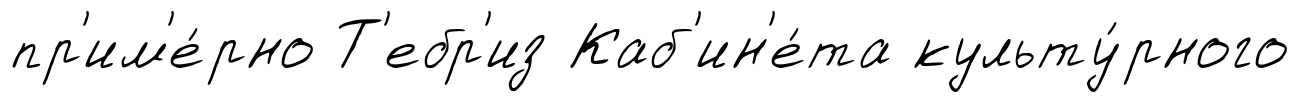
пр'им'е́рно Т'ебр'из Каб'ин'е́та культу́рного